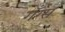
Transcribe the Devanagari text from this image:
गँग्स